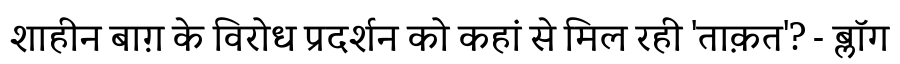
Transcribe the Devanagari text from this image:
शाहीन बाग़ के विरोध प्रदर्शन को कहां से मिल रही 'ताक़त'? - ब्लॉग